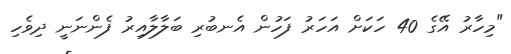
"މިހާރު އޭގެ 40 ހަކަށް އަހަރު ފަހުން އެނބުރި ބަލާލާއިރު ފެންނަނީ ދިވެހި